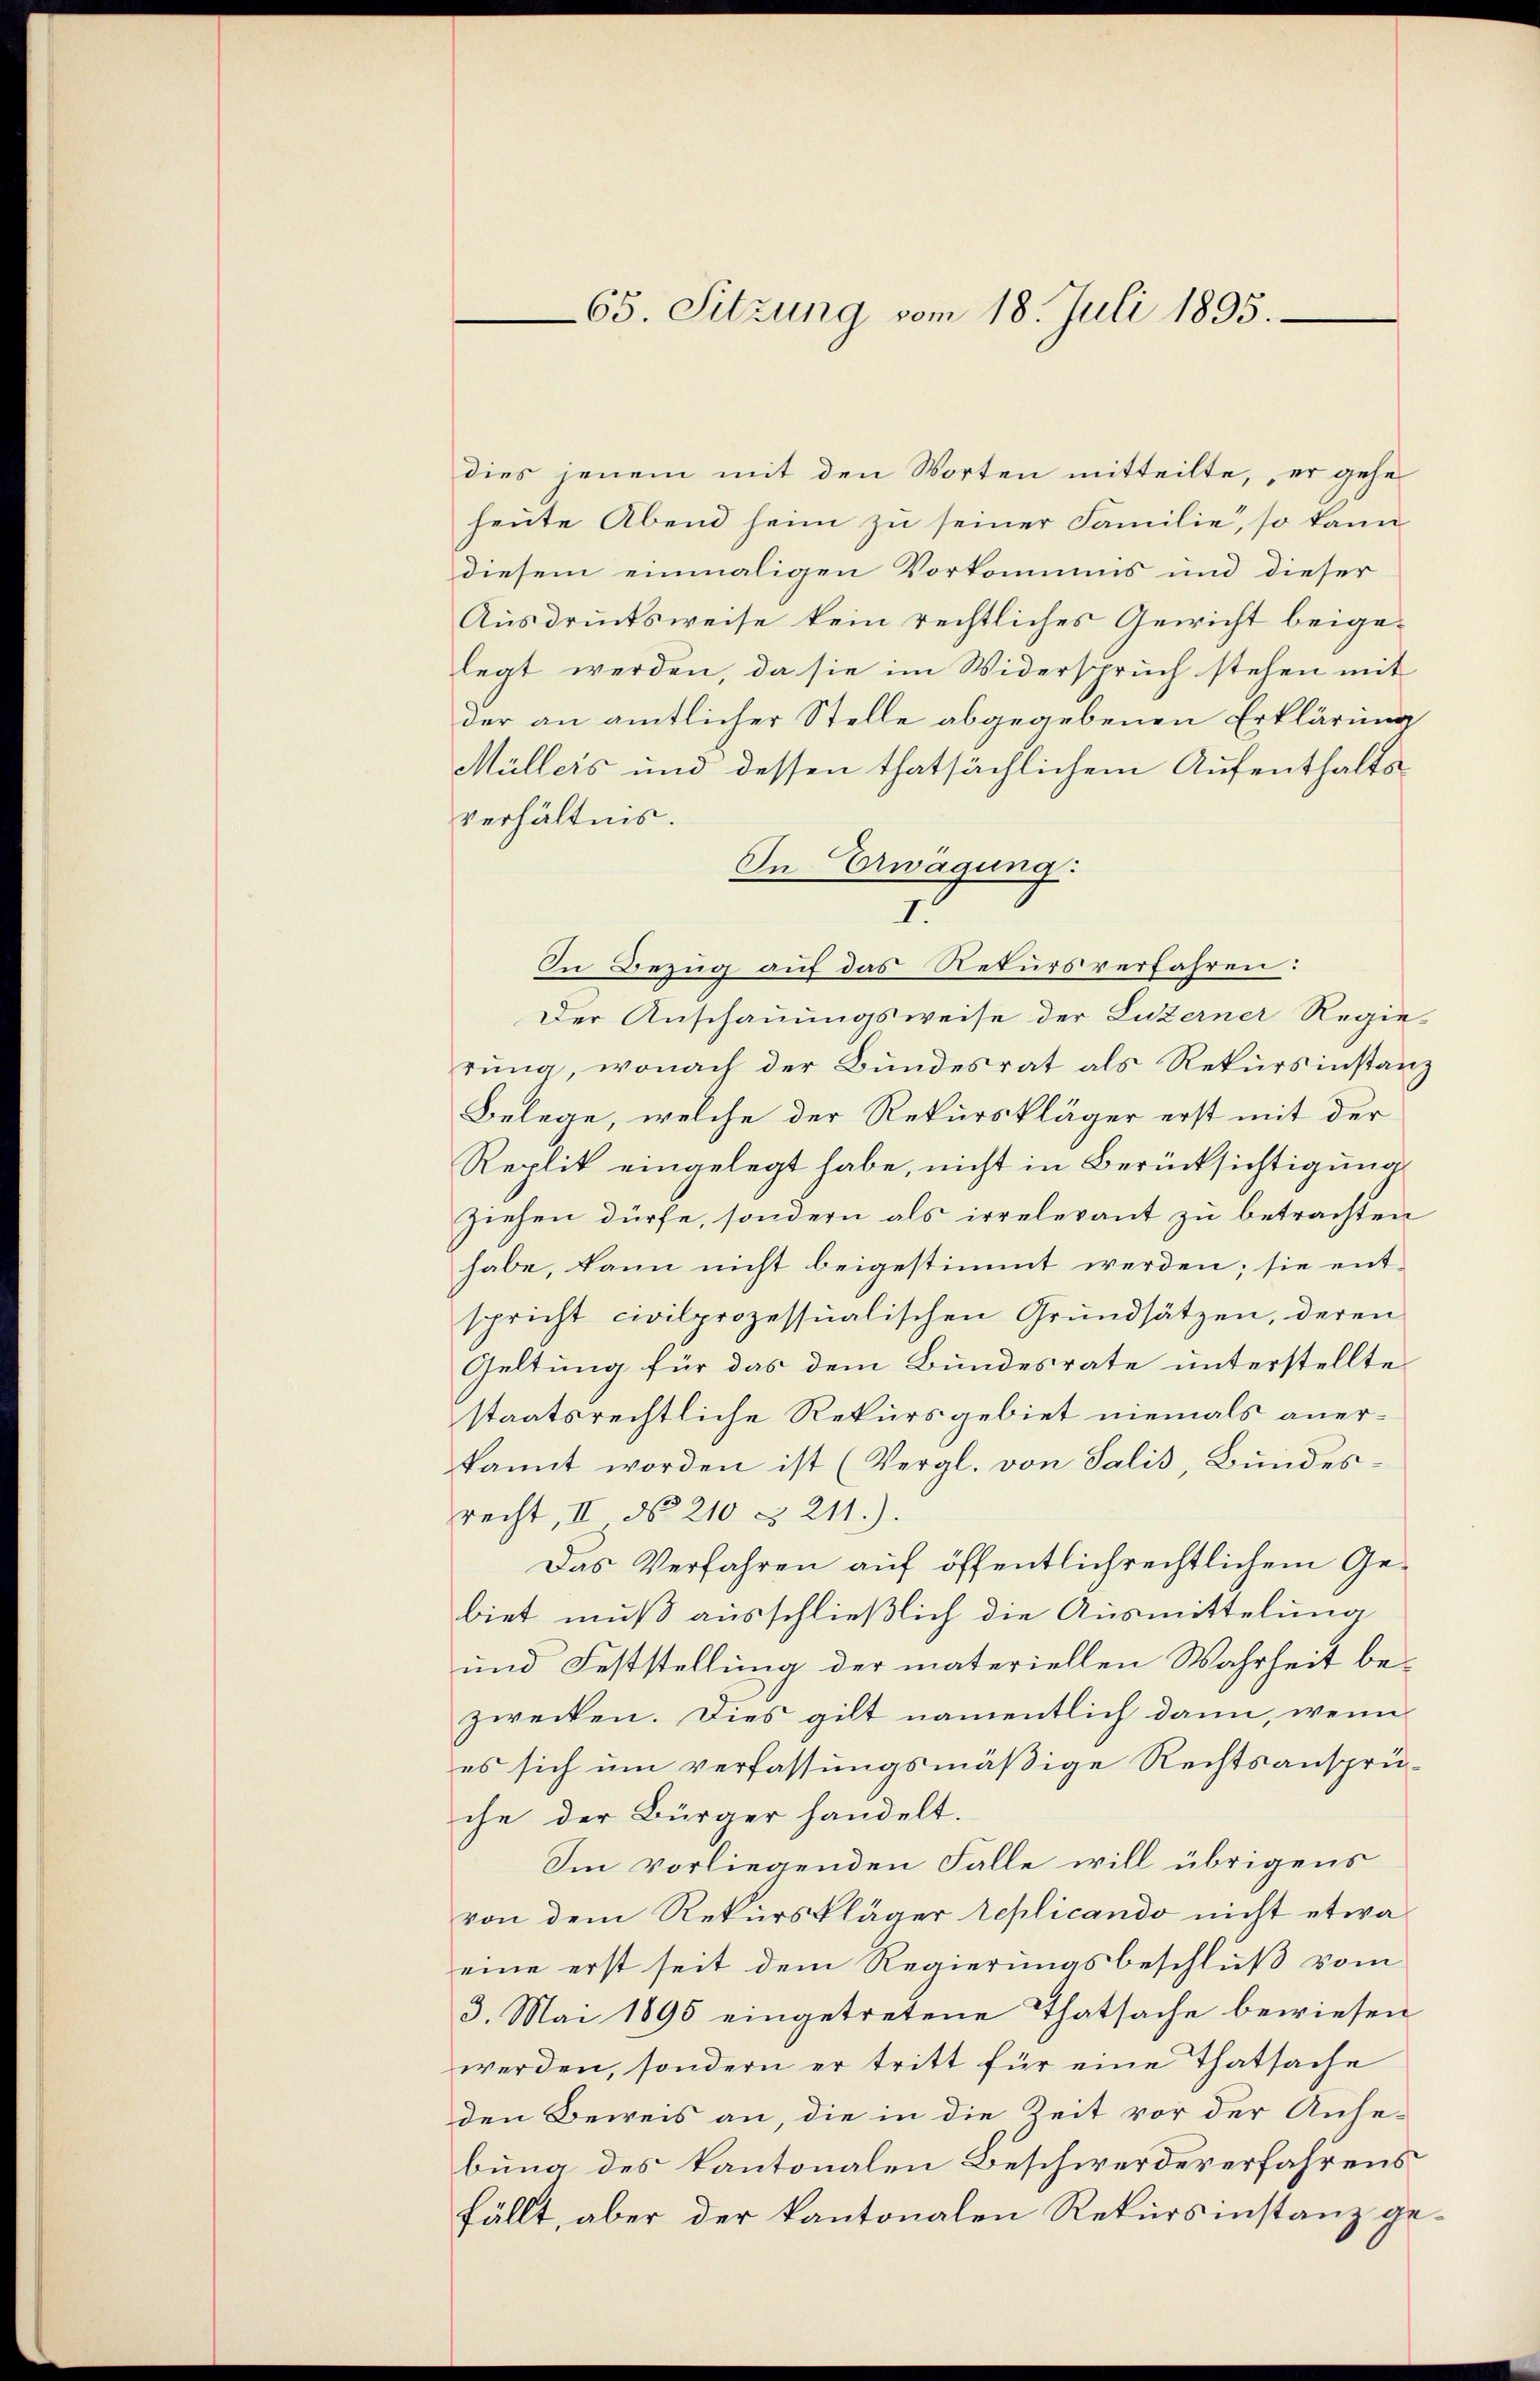
65. Sitzung vom 18. Juli 1895.

dies jenem mit den Worten mitteilte, er gehe
heute Abend heim zu seiner Familie, so kann
diesem einmaligen Vorkommes und dieser
Ausdrucksweise kein rechtliches Gewicht beigelegt werden, da sie im Widerspruch stehen mit
der an amtlicher Stelle abgegebenen Erklärung
Müllers und dessen thatsächlichem Aufenthaltsverhältnis.
In Erwägung
I.
In Bezug auf das Rekursverfahren:
Der Anschauungsweise der Luzerner Regierung, wonach der Bundesrat als Rekursinstanz
Belege, welche der Rekurskläger erst mit der
Replik eingelegt habe, nicht in Berücksichtigung
ziehen dürfe, sondern als irrelevant zu betrachten
habe, kann nicht beigestimmt werden; sie ent-
spricht civilprozessualischen Grundsätzen, deren
Geltung für das dem Bundesrate unterstellte
staatsrechtliche Rekursgebiet niemals anerkannt worden ist (Vergl. von Salis, Bundes.
recht, II No 210 § 211.)
Das Verfahren auf öffentlichrechtlichem Gebiet muß ausschließlich die Ausmittelung
und Feststellung der materiellen Wahrheit be-
zwecken. Dies gilt namentlich dann, wenn
es sich um verfassungsmäßige Rechtsansprüche der Bürger handelt.
Im vorliegenden Falle will übrigens
von dem Rekurskläger replicando nicht etwa
eine erst seit dem Regierungsbeschluß vom
3. Mai 1895 eingetretene Thatsache bewiesen
werden, sondern er tritt für eine Thatsache
den Beweis an, die in die Zeit vor der Anhe-
bung des kantonalen Beschwerde verfahrens
fällt, aber der kantonalen Rekursinstanz ge¬